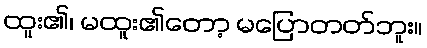
ထူး၏၊ မထူး၏တော့ မပြောတတ်ဘူး။